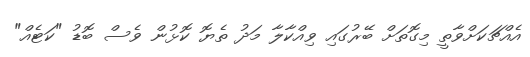
އެއްޗަކަށްވާތީ މިގޮތަށް ބޭރުގައި ވިއްކާލާ މަދު ތެޔޮ ކޮޅުން ވެސް ބޮޑު "ކަޓެއް"